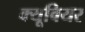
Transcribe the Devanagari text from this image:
क्यूवियर